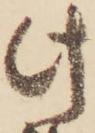
此